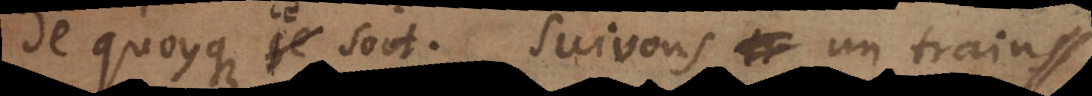
de quoyque ce soit. Suivons un train